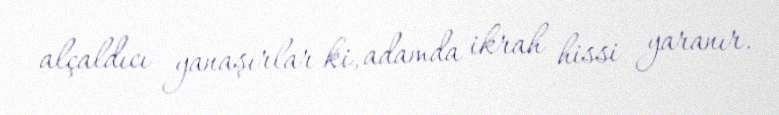
alçaldıcı yanaşırlar ki, adamda ikrah hissi yaranır.